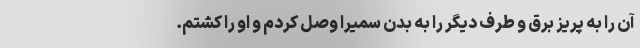
آن را به پریز برق و طرف دیگر را به بدن سمیرا وصل کردم و او را کشتم.